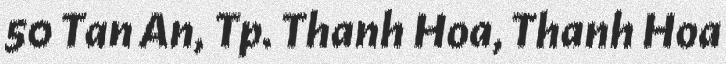
50 Tan An, Tp. Thanh Hoa, Thanh Hoa